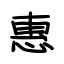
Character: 惠